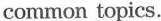
common topics.